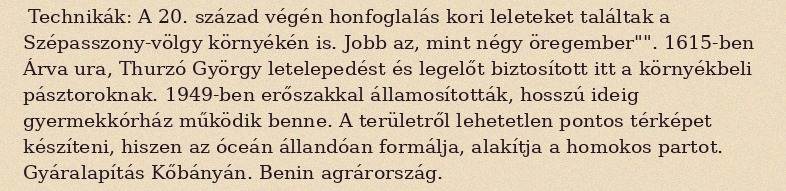
Technikák: A 20. század végén honfoglalás kori leleteket találtak a Szépasszony-völgy környékén is. Jobb az, mint négy öregember"". 1615-ben Árva ura, Thurzó György letelepedést és legelőt biztosított itt a környékbeli pásztoroknak. 1949-ben erőszakkal államosították, hosszú ideig gyermekkórház működik benne. A területről lehetetlen pontos térképet készíteni, hiszen az óceán állandóan formálja, alakítja a homokos partot. Gyáralapítás Kőbányán. Benin agrárország.